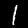
Label: 1